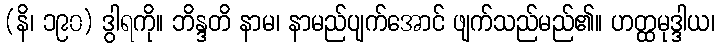
(နိ၊ ၁၉၀) ဒွါရကို။ ဘိန္ဒတိ နာမ၊ နာမည်ပျက်အောင် ဖျက်သည်မည်၏။ ဟတ္ထမုဒ္ဒါယ၊